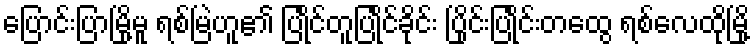
ပြောင်းပြာမြို့မူ ရစ်မြဲဟူ၏ ပြုိင်တူပြုိင်ခိုင်း ပြိုင်းပြုိင်းတထွေ ရစ်လေထိုမြို့